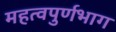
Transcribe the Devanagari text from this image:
महत्वपुर्णभाग